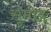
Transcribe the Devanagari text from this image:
सूमोङ्ग